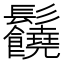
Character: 𩰈